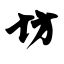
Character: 坊